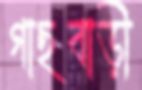
গাছবাড়ী